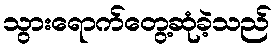
သွားရောက်တွေ့ဆုံခဲ့သည်